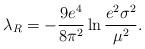
LaTeX: \begin{align*}\lambda_{R}=-\frac{9e^{4}}{8\pi^{2}}\ln\frac{e^{2}\sigma^{2}}{\mu^{2}}.\end{align*}